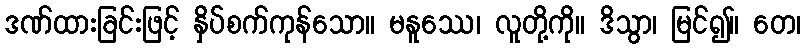
ဒဏ်ထားခြင်းဖြင့် နှိပ်စက်ကုန်သော။ မနူဿေ၊ လူတို့ကို။ ဒိသွာ၊ မြင်၍။ တေ၊